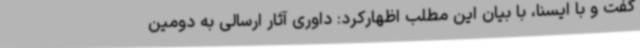
گفت و با ایسنا، با بیان این مطلب اظهارکرد: داوری آثار ارسالی به دومین